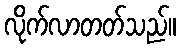
လိုက်လာတတ်သည်။